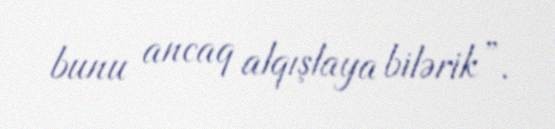
bunu ancaq alqışlaya bilərik”.